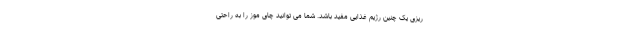
ریزی یک چنین رژیم غذایی مفید باشد. شما می توانید چای موز را به راحتی